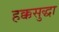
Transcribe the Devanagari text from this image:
हक्कसुद्धा